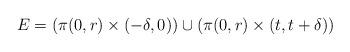
LaTeX: \begin{align*}E =(\pi(0, r) \times (-\delta, 0)) \cup (\pi(0, r) \times (t,t+ \delta))\end{align*}